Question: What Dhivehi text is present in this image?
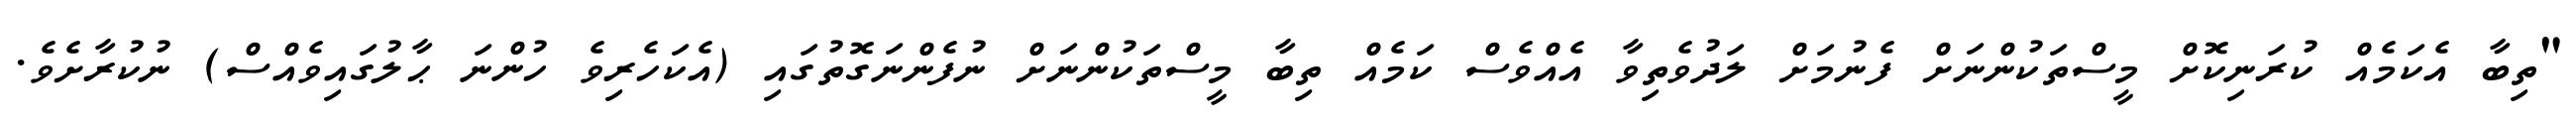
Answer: "ތިބާ އެކަމެއް ކުރަނިކޮށް މީސްތަކުންނަށް ފެނުމަށް ލަދުވެތިވާ އެއްވެސް ކަމެއް ތިބާ މީސްތަކުންނަށް ނުފެންނަގޮތުގައި (އެކަހެރިވެ ހުންނަ ޙާލުގައިވެއްސް) ނުކުރާށެވެ.